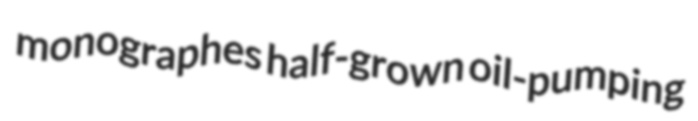
monographes half-grown oil-pumping